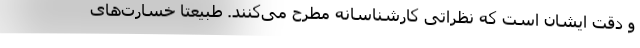
و دقت ایشان است که نظراتی کارشناسانه مطرح می‌کنند. طبیعتاً خسارت‌های